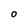
Character: O